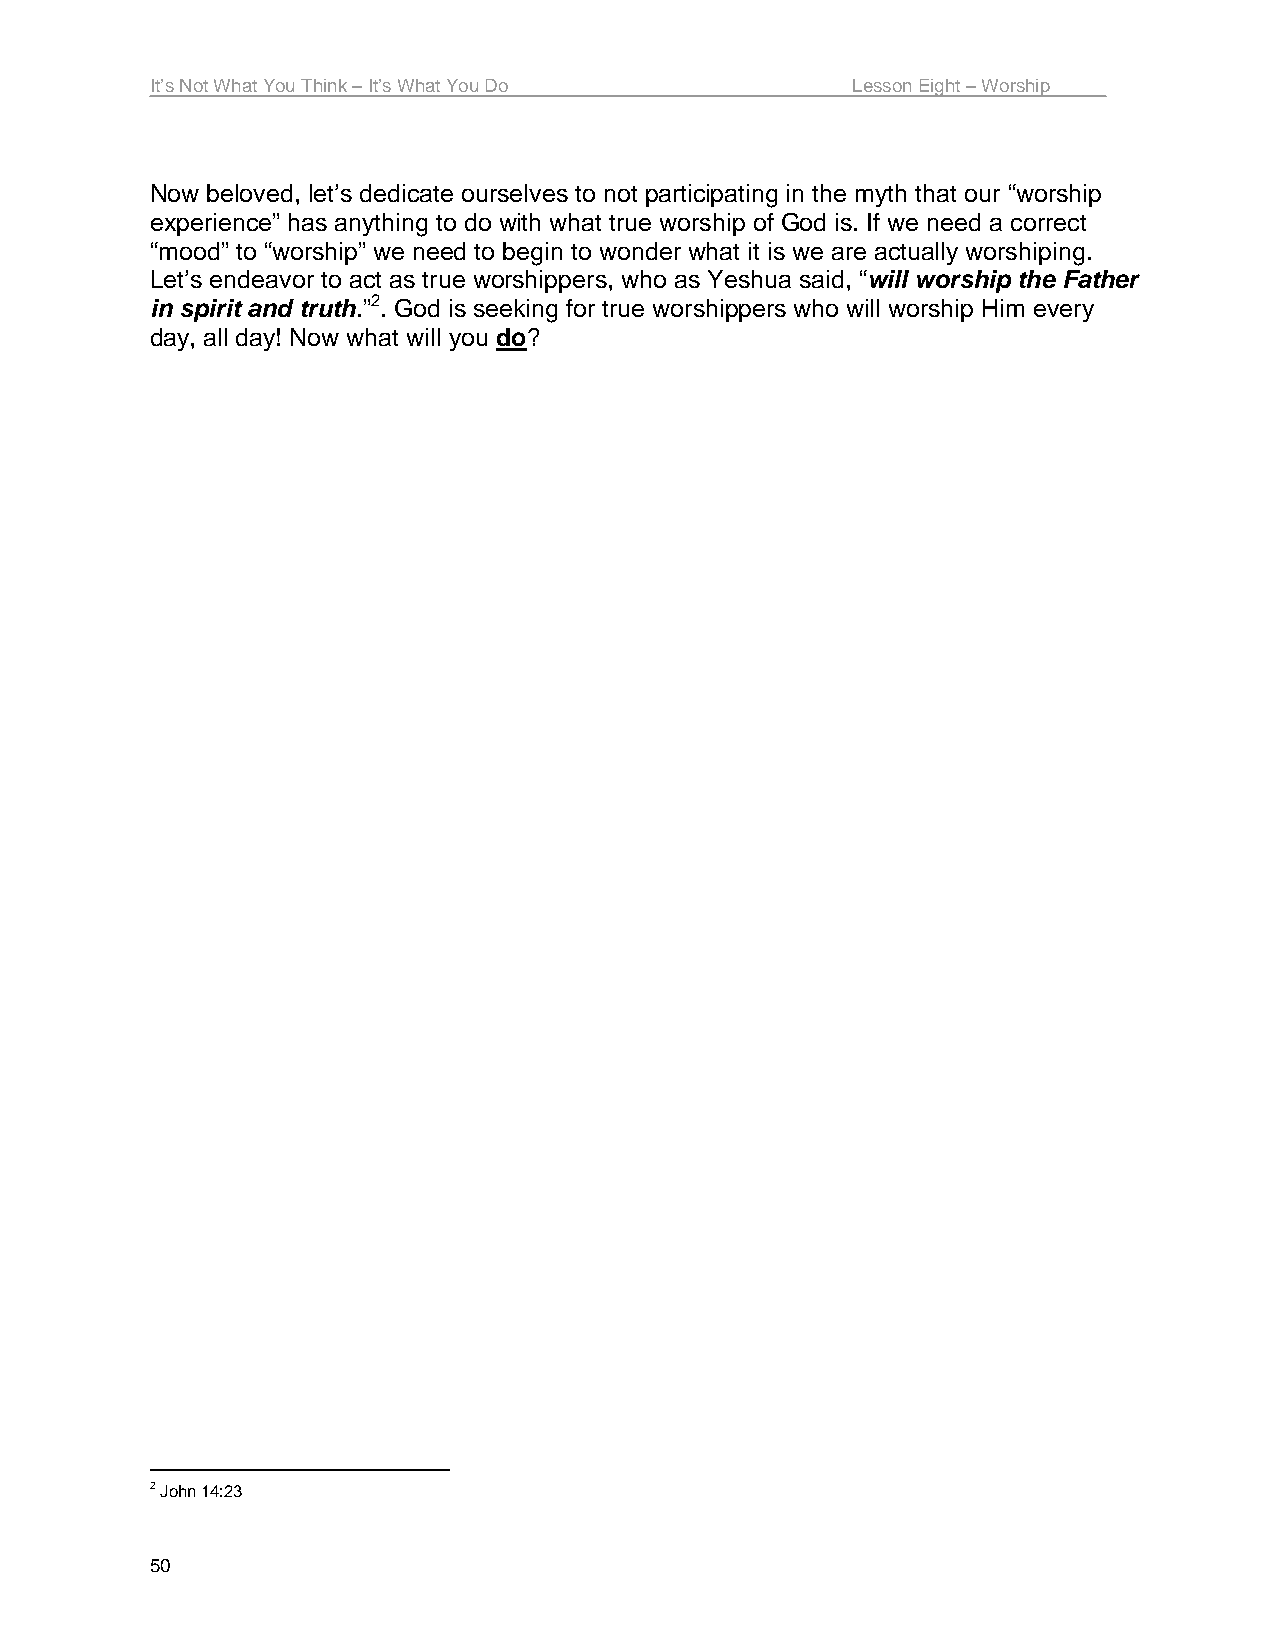
It’s Not What You Think – It’s What You Do    Lesson Eight – Worship
 Now beloved, let’s dedicate ourselves to not participating in the myth that our “worship
 experience” has anything to do with what true worship of God is. If we need a correct
 “mood” to “worship” we need to begin to wonder what it is we are actually worshiping.
 Let’s endeavor to act as true worshippers, who as Yeshua said, “will worship the Father
 in spirit and truth.”2. God is seeking for true worshippers who will worship Him every
 day, all day! Now what will you do?
 2 John 14:23
 50